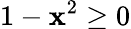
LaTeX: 1-\mathbf{x}^{2}\ge0